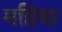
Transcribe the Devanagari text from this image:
महिया